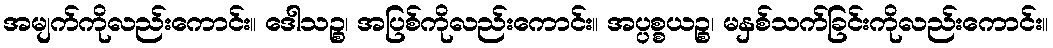
အမျက်ကိုလည်းကောင်း။ ဒေါသဉ္စ၊ အပြစ်ကိုလည်းကောင်း။ အပ္ပစ္စယဉ္စ၊ မနှစ်သက်ခြင်းကိုလည်းကောင်း။